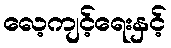
လေ့ကျင့်ရေးနှင့်